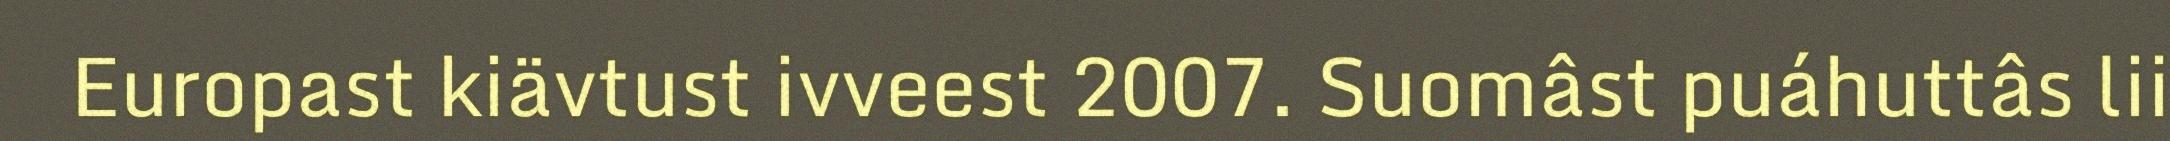
Europast kiävtust ivveest 2007. Suomâst puáhuttâs lii